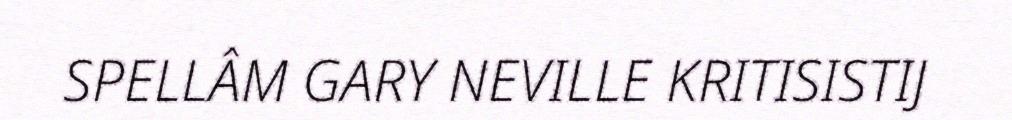
SPELLÂM GARY NEVILLE KRITISISTIJ